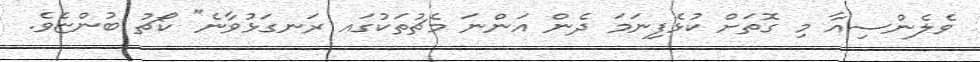
ވެލެންސިއާ މި ގޮތަށް ކުޅެފިނަމަ ދެން އަންނަ މެޗުތަކުގައ ރަނގަޅުވާނެ" ކޯޗު ބުންޏެވެ.